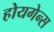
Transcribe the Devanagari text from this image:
होयगेन्स